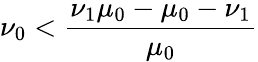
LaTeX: \nu_{0}<\frac{\nu_{1}\mu_{0}-\mu_{0}-\nu_{1}}{\mu_{0}}